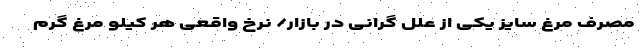
مصرف مرغ سایز یکی از علل گرانی در بازار/ نرخ واقعی هر کیلو مرغ گرم